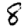
Digit: 8